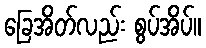
ခြေအိတ်လည်း စွပ်အိပ်။